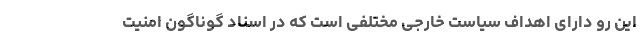
این رو دارای اهداف سیاست خارجی مختلفی است که در اسناد گوناگون امنیت